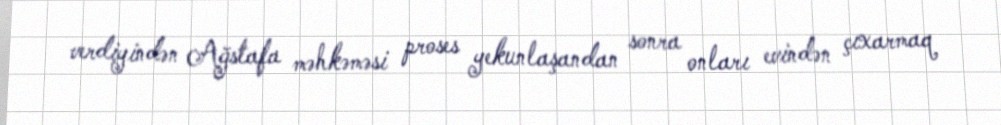
verdiyindən Ağstafa məhkəməsi proses yekunlaşandan sonra onları evindən çıxarmaq